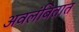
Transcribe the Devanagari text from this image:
अवलंबितात